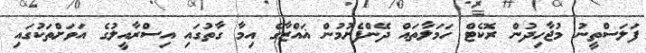
ފަލަސްތީނު މުޖާހިދުން ރޮކެޓް ހަމަލާތައް ދޭންފެށުމުން ޣައްޒާގެ އިމާ ގާތުގައި އިސްރާއީލުގެ އަވަށްތަކުގައި